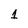
Character: 1